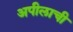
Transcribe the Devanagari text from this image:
अपीलाची